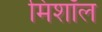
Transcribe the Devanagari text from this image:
मिशॉल